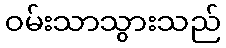
ဝမ်းသာသွားသည်